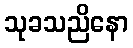
သုခသညိနော